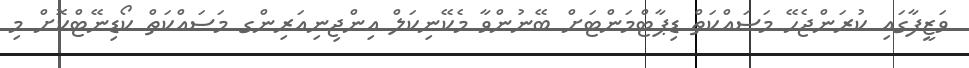
ވަޒީފާގައި ކުރަންޖެހޭ މަސައްކަތް ޑިޕާޓްމަންޓަށް ބޭނުންވާ މެކޭނިކަލް އިންޖިނިއަރިންގ މަސައްކަތް ކޯޑިނޭޓްކޮށް މި